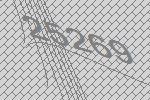
25269